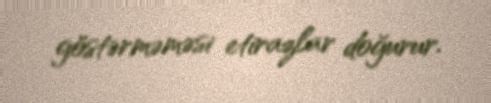
göstərməməsi etirazlar doğurur.